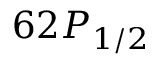
6 2 P _ { 1 / 2 }